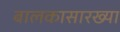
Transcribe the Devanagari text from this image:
बालकासारख्या